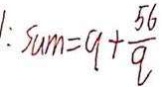
1 : s u m = 9 + \frac { 5 6 } { 9 }